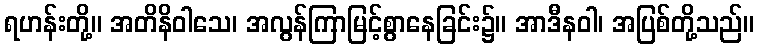
ရဟန်းတို့။ အတိနိဝါသေ၊ အလွန်ကြာမြင့်စွာနေခြင်း၌။ အာဒီနဝါ၊ အပြစ်တို့သည်။